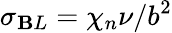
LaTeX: \sigma_{\mathbf{B}L}=\chi_{n}\nu/b^{2}